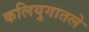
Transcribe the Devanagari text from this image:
कलियुगातले